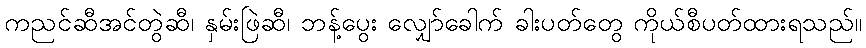
ကညင်ဆီအင်တွဲဆီ၊ နှမ်းဖြဲဆီ၊ ဘန့်ပွေး လျှော်ခေါက် ခါးပတ်တွေ ကိုယ်စီပတ်ထားရသည်။